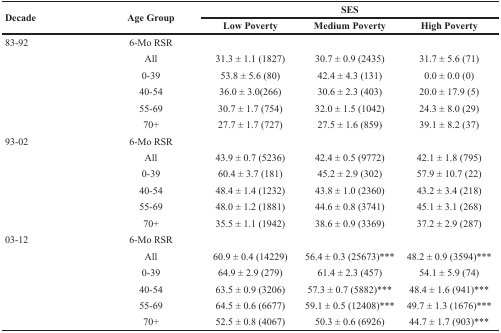
<table><thead><tr><td rowspan="2"><b>Decade</b></td><td rowspan="2"><b>Age Group</b></td><td colspan="3"><b>SES</b></td></tr><tr><td><b>Low Poverty</b></td><td><b>Medium Poverty</b></td><td><b>High Poverty</b></td></tr></thead><tbody><tr><td>83-92</td><td>6-Mo RSR</td><td></td><td></td><td></td></tr><tr><td></td><td>All</td><td>31.3 ± 1.1 (1827)</td><td>30.7 ± 0.9 (2435)</td><td>31.7 ± 5.6 (71)</td></tr><tr><td></td><td>0-39</td><td>53.8 ± 5.6 (80)</td><td>42.4 ± 4.3 (131)</td><td>0.0 ± 0.0 (0)</td></tr><tr><td></td><td>40-54</td><td>36.0 ± 3.0(266)</td><td>30.6 ± 2.3 (403)</td><td>20.0 ± 17.9 (5)</td></tr><tr><td></td><td>55-69</td><td>30.7 ± 1.7 (754)</td><td>32.0 ± 1.5 (1042)</td><td>24.3 ± 8.0 (29)</td></tr><tr><td></td><td>70+</td><td>27.7 ± 1.7 (727)</td><td>27.5 ± 1.6 (859)</td><td>39.1 ± 8.2 (37)</td></tr><tr><td>93-02</td><td>6-Mo RSR</td><td></td><td></td><td></td></tr><tr><td></td><td>All</td><td>43.9 ± 0.7 (5236)</td><td>42.4 ± 0.5 (9772)</td><td>42.1 ± 1.8 (795)</td></tr><tr><td></td><td>0-39</td><td>60.4 ± 3.7 (181)</td><td>45.2 ± 2.9 (302)</td><td>57.9 ± 10.7 (22)</td></tr><tr><td></td><td>40-54</td><td>48.4 ± 1.4 (1232)</td><td>43.8 ± 1.0 (2360)</td><td>43.2 ± 3.4 (218)</td></tr><tr><td></td><td>55-69</td><td>48.0 ± 1.2 (1881)</td><td>44.6 ± 0.8 (3741)</td><td>45.1 ± 3.1 (268)</td></tr><tr><td></td><td>70+</td><td>35.5 ± 1.1 (1942)</td><td>38.6 ± 0.9 (3369)</td><td>37.2 ± 2.9 (287)</td></tr><tr><td>03-12</td><td>6-Mo RSR</td><td></td><td></td><td></td></tr><tr><td></td><td>All</td><td>60.9 ± 0.4 (14229)</td><td>56.4 ± 0.3 (25673)***</td><td>48.2 ± 0.9 (3594)***</td></tr><tr><td></td><td>0-39</td><td>64.9 ± 2.9 (279)</td><td>61.4 ± 2.3 (457)</td><td>54.1 ± 5.9 (74)</td></tr><tr><td></td><td>40-54</td><td>63.5 ± 0.9 (3206)</td><td>57.3 ± 0.7 (5882)***</td><td>48.4 ± 1.6 (941)***</td></tr><tr><td></td><td>55-69</td><td>64.5 ± 0.6 (6677)</td><td>59.1 ± 0.5 (12408)***</td><td>49.7 ± 1.3 (1676)***</td></tr><tr><td></td><td>70+</td><td>52.5 ± 0.8 (4067)</td><td>50.3 ± 0.6 (6926)</td><td>44.7 ± 1.7 (903)***</td></tr></tbody></table>